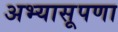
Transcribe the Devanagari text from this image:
अभ्यासूपणा